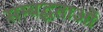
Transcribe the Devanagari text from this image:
सम्बद्धताओं